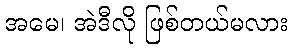
အမေ၊ အဲဒီလို ဖြစ်တယ်မလား